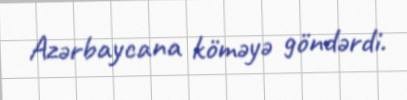
Azərbaycana köməyə göndərdi.